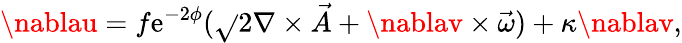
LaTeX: \nablau=f\mathrm{e}^{-2\phi}(\sqrt{}{{2}}\nabla\times\vec{{A}}+\nablav\times\vec{{\omega}})+\kappa\nablav,